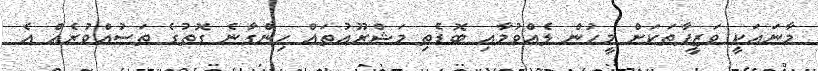
މާނައަކީ ވަޒީފާތަކަށް މީހުން ލެއްވުމާއި ބޮޑެތި މަޝްރޫއުތައް ހިންގާނެ ގޮތުގެ ތަސުއްވުރެއް އެ